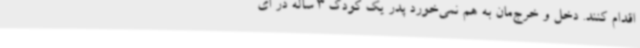
اقدام کنند. دخل و خرج‌مان به هم نمی‌خورد پدر یک کودک 3 ساله در ای